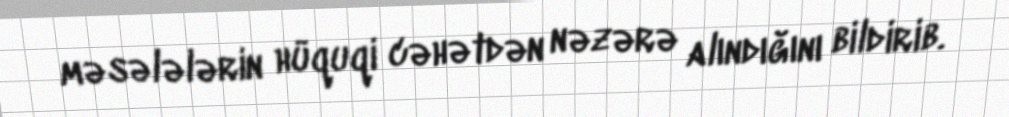
məsələlərin hüquqi cəhətdən nəzərə alındığını bildirib.